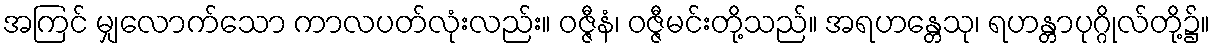
အကြင် မျှလောက်သော ကာလပတ်လုံးလည်း။ ဝဇ္ဇီနံ၊ ဝဇ္ဇီမင်းတို့သည်။ အရဟန္တေသု၊ ရဟန္တာပုဂ္ဂိုလ်တို့၌။